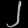
Digit: ၂